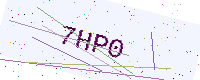
Text: 7HP0